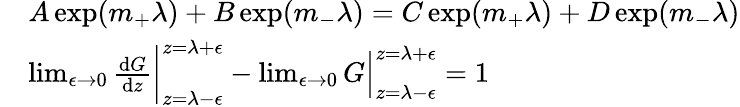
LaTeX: \begin{array}{rl}&{A\exp(m_{+}\lambda)+B\exp(m_{-}\lambda)=C\exp(m_{+}\lambda)+D\exp(m_{-}\lambda)}\\ &{\operatorname*{lim}_{\epsilon\rightarrow 0}\frac{\mathrm{d}G}{\mathrm{d}z}\bigg|_{z=\lambda-\epsilon}^{z=\lambda+\epsilon}-\operatorname*{lim}_{\epsilon\rightarrow 0}G\Big|_{z=\lambda-\epsilon}^{z=\lambda+\epsilon}=1}\end{array}